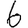
Digit: 6